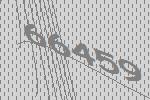
66459